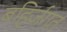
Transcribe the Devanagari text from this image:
बहिर्जगत